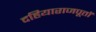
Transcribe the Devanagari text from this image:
दहियाराजपूतों